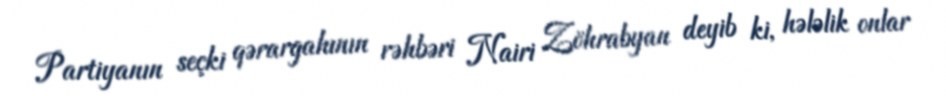
Partiyanın seçki qərargahının rəhbəri Nairi Zöhrabyan deyib ki, hələlik onlar